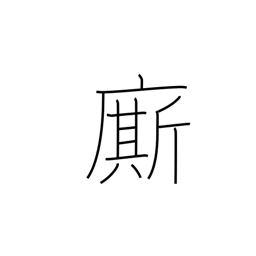
Meaning: servant